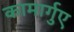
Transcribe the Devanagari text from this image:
कामार्गुए